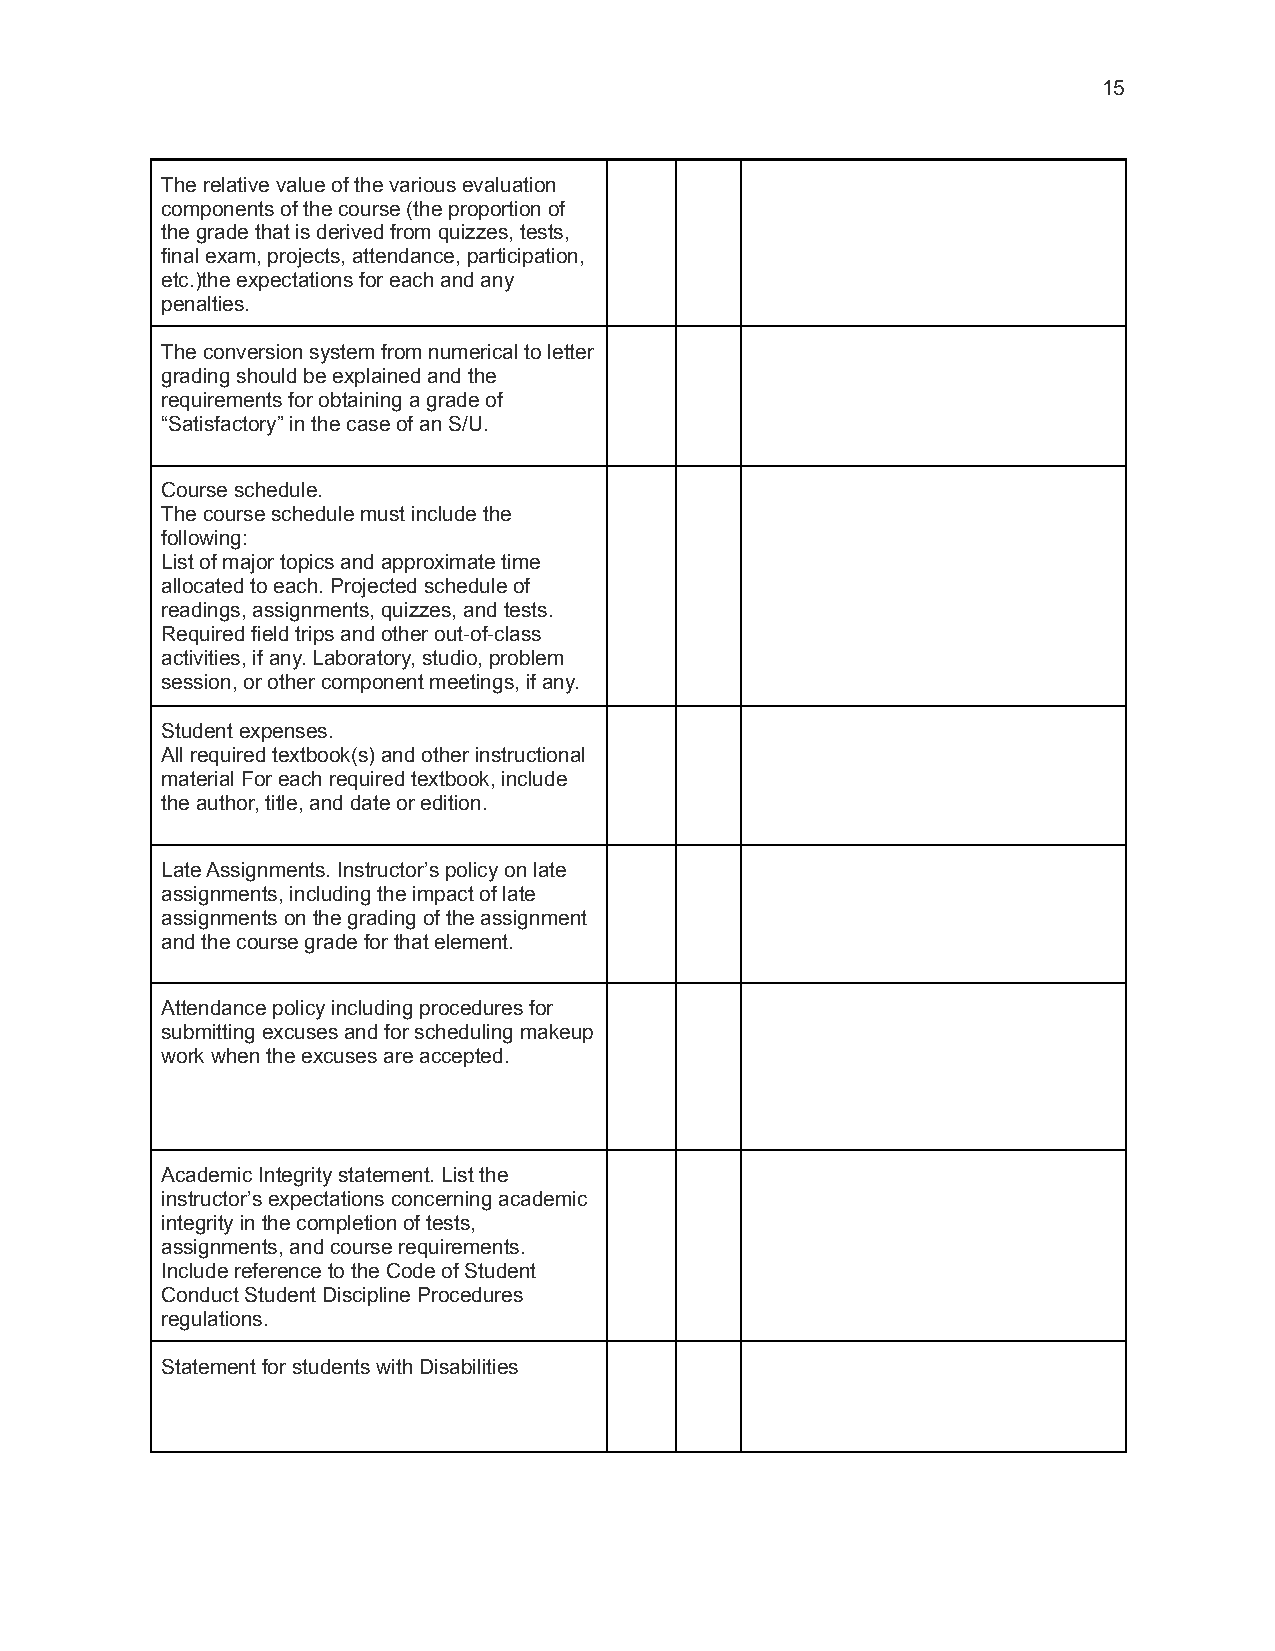
15
 The relative value of the various evaluation
 components of the course (the proportion of
 the grade that is derived from quizzes, tests,
 final exam, projects, attendance, participation,
 etc.)the expectations for each and any
 penalties.
 The conversion system from numerical to letter
 grading should be explained and the
 requirements for obtaining a grade of
 “Satisfactory” in the case of an S/U.
 Course schedule.
 The course schedule must include the
 following:
 List of major topics and approximate time
 allocated to each. Projected schedule of
 readings, assignments, quizzes, and tests.
 Required field trips and other out-of-class
 activities, if any. Laboratory, studio, problem
 session, or other component meetings, if any.
 Student expenses.
 All required textbook(s) and other instructional
 material For each required textbook, include
 the author, title, and date or edition.
 Late Assignments. Instructor’s policy on late
 assignments, including the impact of late
 assignments on the grading of the assignment
 and the course grade for that element.
 Attendance policy including procedures for
 submitting excuses and for scheduling makeup
 work when the excuses are accepted.
 Academic Integrity statement. List the
 instructor’s expectations concerning academic
 integrity in the completion of tests,
 assignments, and course requirements.
 Include reference to the Code of Student
 Conduct Student Discipline Procedures
 regulations.
 Statement for students with Disabilities